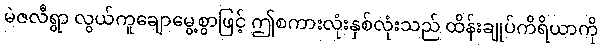
မဲဇလီရွာ လွယ်ကူချောမွေ့စွာဖြင့် ဤစကားလုံးနှစ်လုံးသည် ထိန်းချုပ်ကိရိယာကို